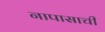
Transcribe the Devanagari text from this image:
नापासाची